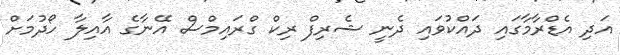
އަދި އެޑްރާމާގައި ދައްކުވައި ދެނީ ޝެރިފް ރިކް ގްރައިމްސް އޭނާގެ އާއިލާ ހޯދުމަށް